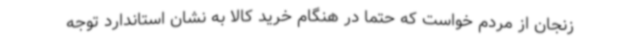
زنجان از مردم خواست که حتما در هنگام خرید کالا به نشان استاندارد توجه